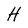
Character: H